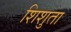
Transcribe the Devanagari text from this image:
शिशुता